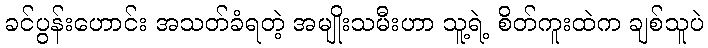
ခင်ပွန်းဟောင်း အသတ်ခံရတဲ့ အမျိုးသမီးဟာ သူ့ရဲ့ စိတ်ကူးထဲက ချစ်သူပဲ